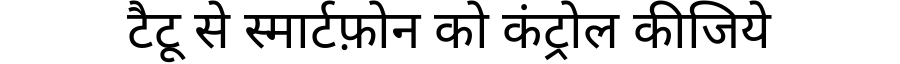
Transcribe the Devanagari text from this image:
टैटू से स्मार्टफ़ोन को कंट्रोल कीजिये